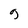
Character: 9